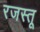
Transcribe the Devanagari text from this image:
रजस्तू